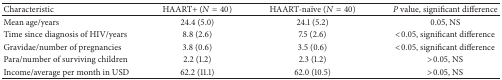
| Characteristic | HAART+ (N = 40) | HAART-naïve (N = 40) | P value, significant difference |
 | --- | --- | --- | --- |
 | Mean age/years | 24.4 (5.0) | 24.1 (5.2) | 0.05, NS |
 | Time since diagnosis of HIV/years | 8.8 (2.6) | 7.5 (2.6) | <0.05, significant difference |
 | Gravidae/number of pregnancies | 3.8 (0.6) | 3.5 (0.6) | <0.05, significant difference |
 | Para/number of surviving children | 2.2 (1.2) | 2.3 (1.2) | >0.05, NS |
 | Income/average per month in USD | 62.2 (11.1) | 62.0 (10.5) | >0.05, NS |